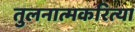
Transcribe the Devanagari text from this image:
तुलनात्मकरित्या